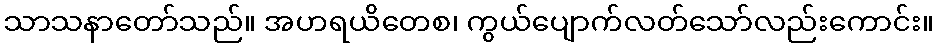
သာသနာတော်သည်။ အဟရယိတေစ၊ ကွယ်ပျောက်လတ်သော်လည်းကောင်း။